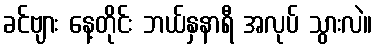
ခင်ဗျား နေ့တိုင်း ဘယ်နှနာရီ အလုပ် သွားလဲ။